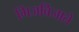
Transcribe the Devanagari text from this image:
गिजबिजाते